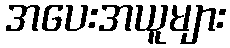
အပေးအယူများ